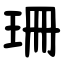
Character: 珊